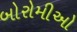
બોરોમીઓ